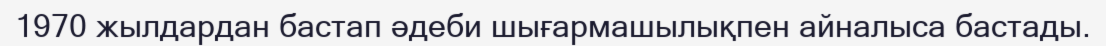
1970 жылдардан бастап әдеби шығармашылықпен айналыса бастады.